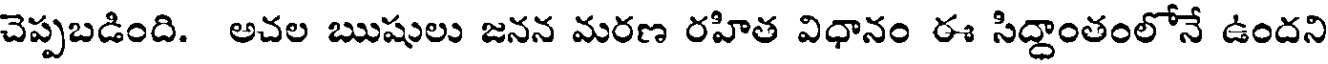
చెప్పబడింది. అచల ఋషులు జనన మరణ రహిత విధానం ఈ సిద్దాంతంలోనే ఉందని